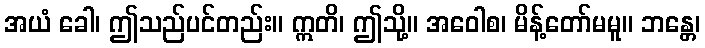
အယံ ခေါ၊ ဤသည်ပင်တည်း။ ဣတိ၊ ဤသို့။ အဝေါစ၊ မိန့်တော်မမူ။ ဘန္တေ၊